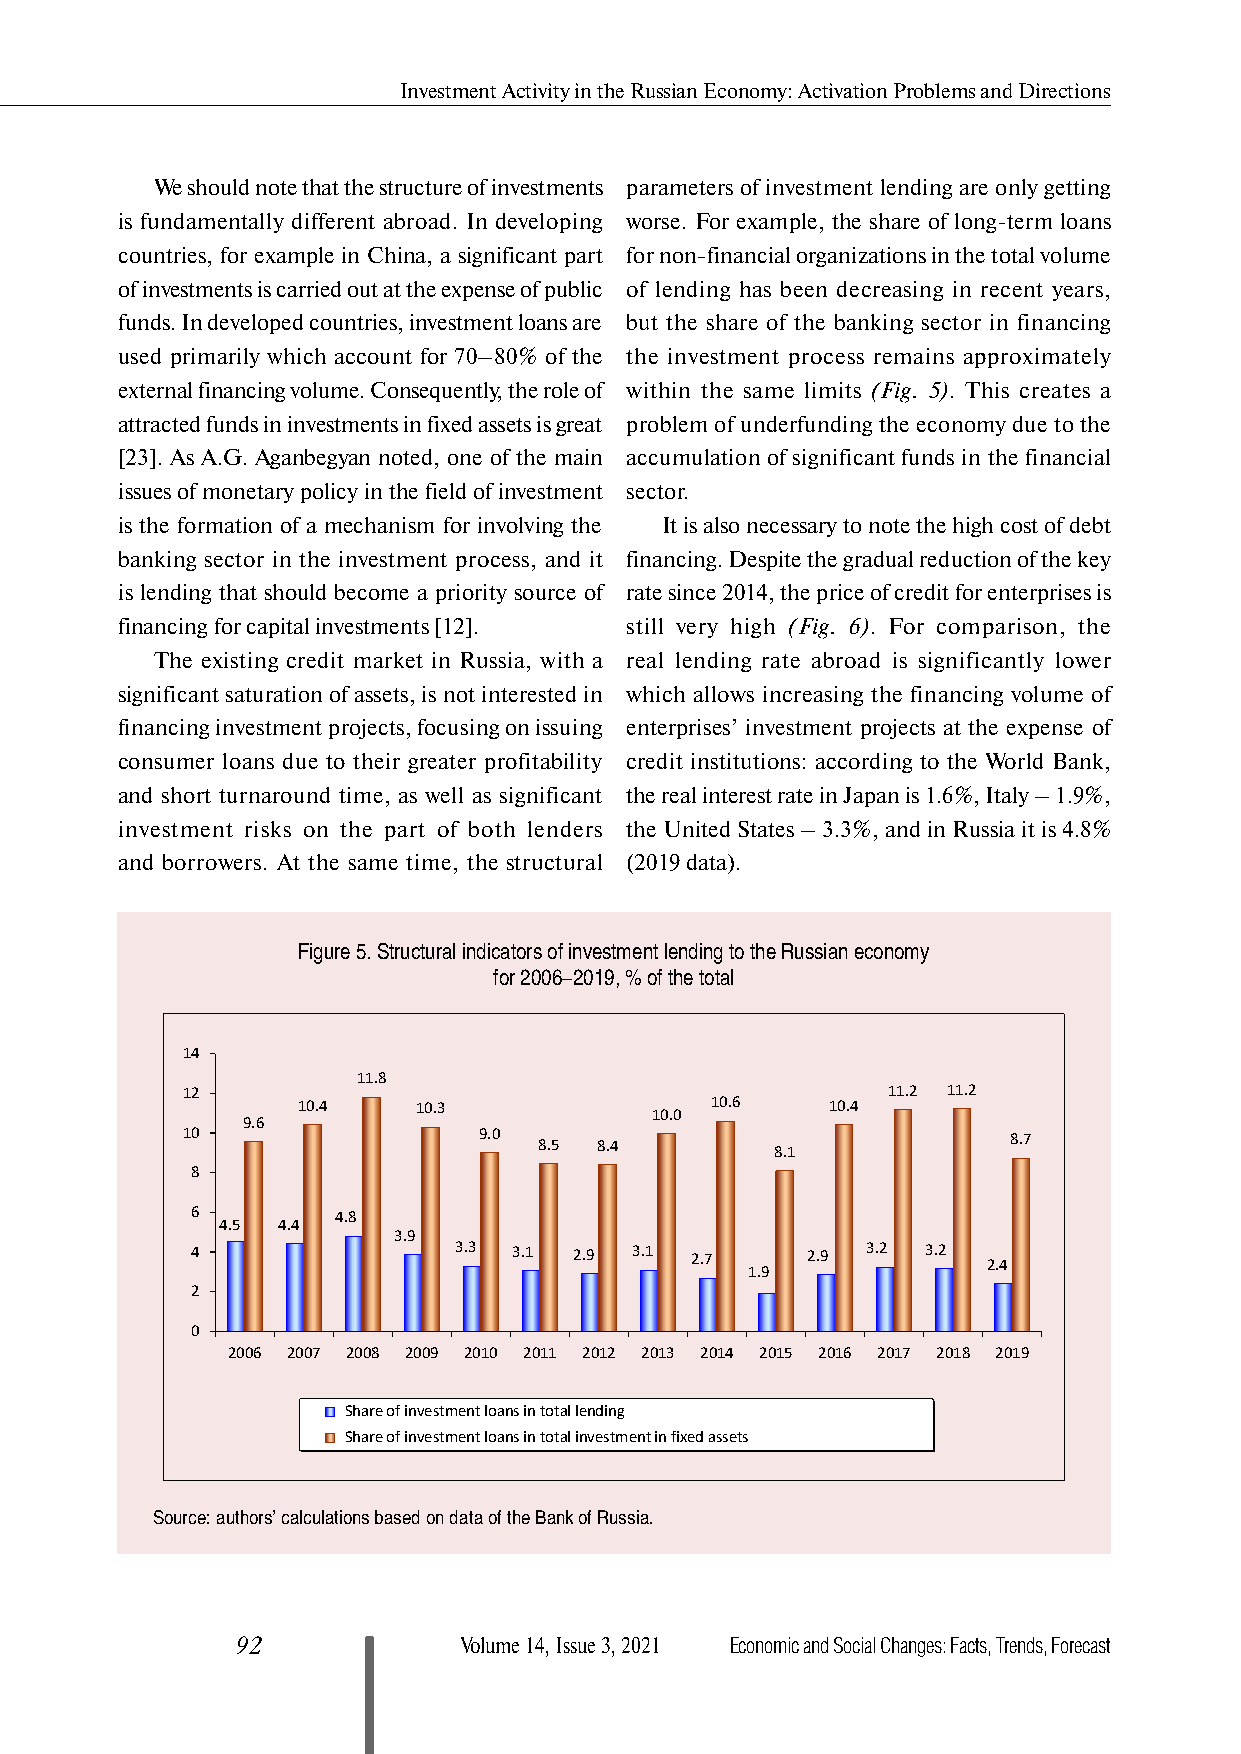
Investment Activity in the Russian Economy: Activation Problems and Directions
 We should note that the structure of investments parameters of investment lending are only getting
 is fundamentally different abroad. In developing worse. For example, the share of long-term loans
 countries, for example in China, a significant part for non-financial organizations in the total volume
 of investments is carried out at the expense of public of lending has been decreasing in recent years,
 funds. In developed countries, investment loans are but the share of the banking sector in financing
 used primarily which account for 70–80% of the the investment process remains approximately
 external financing volume. Consequently, the role of within the same limits (Fig. 5). This creates a
 attracted funds in investments in fixed assets is great problem of underfunding the economy due to the
 [23]. As A.G. Aganbegyan noted, one of the main accumulation of significant funds in the financial
 issues of monetary policy in the field of investment sector.
 is the formation of a mechanism for involving the It is also necessary to note the high cost of debt
 banking sector in the investment process, and it financing. Despite the gradual reduction of the key
 is lending that should become a priority source of rate since 2014, the price of credit for enterprises is
 financing for capital investments [12]. still very high (Fig. 6). For comparison, the
 The existing credit market in Russia, with a real lending rate abroad is significantly lower
 significant saturation of assets, is not interested in which allows increasing the financing volume of
 financing investment projects, focusing on issuing enterprises’ investment projects at the expense of
 consumer loans due to their greater profitability credit institutions: according to the World Bank,
 and short turnaround time, as well as significant the real interest rate in Japan is 1.6%, Italy – 1.9%,
 investment risks on the part of both lenders the United States – 3.3%, and in Russia it is 4.8%
 and borrowers. At the same time, the structural (2019 data).
 Figure 5. Structural indicators of investment lending to the Russian economy
 for 2006–2019, % of the total
 14
 11.8
 12                                             11.2 11.2
 10.4    10.3               10.6    10.4
 10.0
 9.6
 10                  9.0 8.5 8.4        8.1             8.7
 8
 6        4.8
 4.5 4.4
 3.9
 4                3.3 3.1 2.9 3.1 2.7    2.9 3.2 3.2 2.4
 1.9
 2
 0
 2006 2007 2008 2009 2010 2011 2012 2013 2014 2015 2016 2017 2018 2019
 Share of investment loans in total lending
 Share of investment loans in total investment in fixed assets
 Source: authors’ calculations based on data of the Bank of Russia.
 92            Volume 14, Issue 3, 2021 Economic and Social Changes: Facts, Trends, Forecast